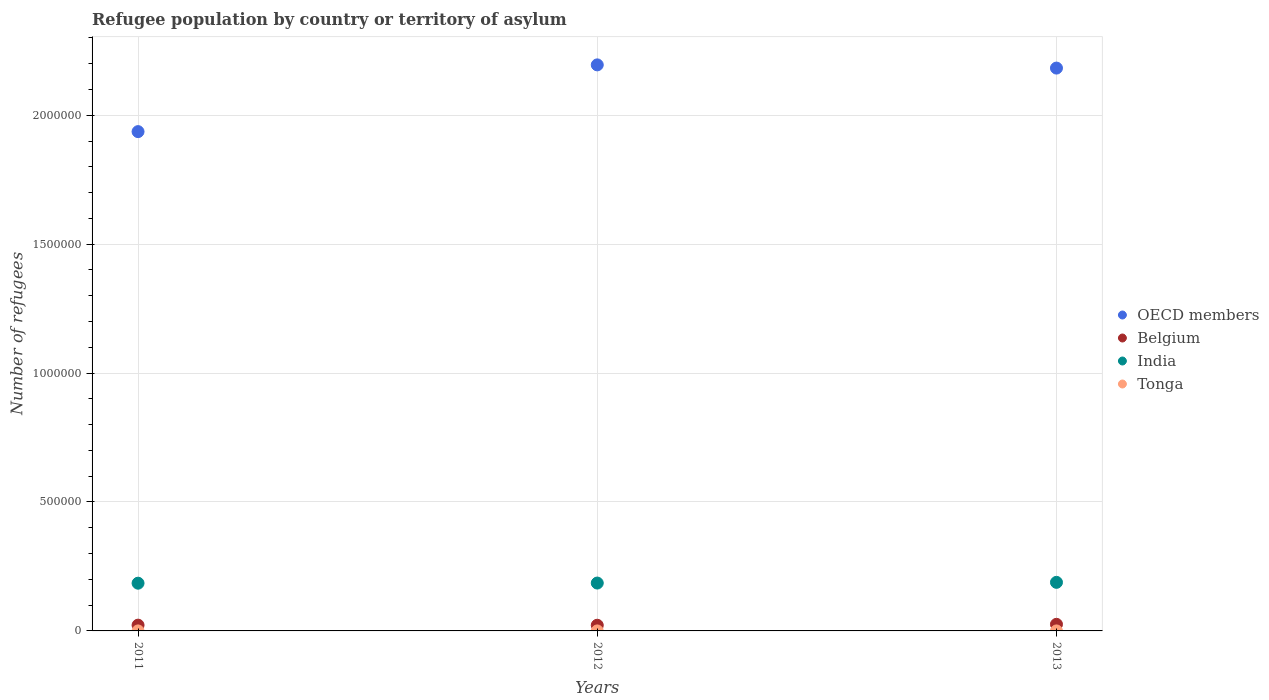
| Years | OECD members | Belgium | India | Tonga |
 | --- | --- | --- | --- | --- |
 | 2011 | 1.94e+06 | 2.24e+04 | 1.85e+05 | 2 |
 | 2012 | 2.2e+06 | 2.2e+04 | 1.86e+05 | 3 |
 | 2013 | 2.18e+06 | 2.56e+04 | 1.88e+05 | 3 |